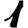
Digit: 1